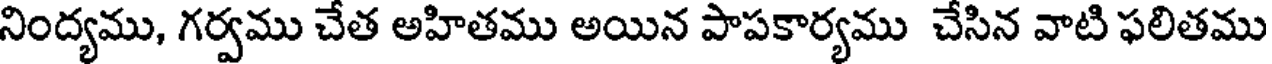
నింద్యము, గర్వము చేత అహితము అయిన పాపకార్యము చేసిన వాటి ఫలితము